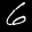
Label: 6